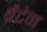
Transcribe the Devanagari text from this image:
ब्रैटेन